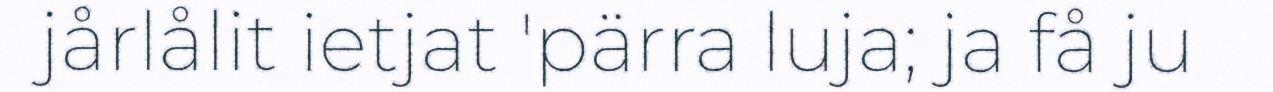
jårlålit ietjat 'pärra luja; ja få ju